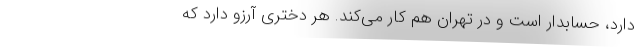
دارد، حسابدار است و در تهران هم کار می‌کند. هر دختری آرزو دارد که